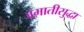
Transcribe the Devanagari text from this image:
जमातीसुद्धा